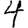
Digit: 4